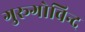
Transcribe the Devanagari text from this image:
गुरूगोविन्द